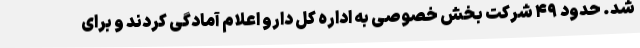
شد. حدود ۴۹ شرکت بخش خصوصی به اداره کل دارو اعلام آمادگی کردند و برای